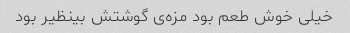
خیلی خوش طعم بود مزه‌ی گوشتش بینظیر بود